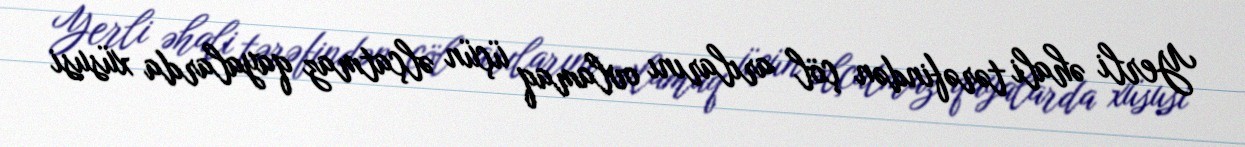
Yerli əhali tərəfindən çöl arılarını ovlamaq üçün əlçatmaz qayalarda xüsusi